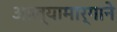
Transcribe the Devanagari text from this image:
आल्यामार्गाने